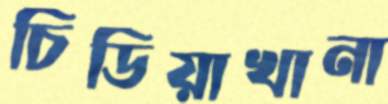
চিডিয়াখানা